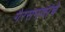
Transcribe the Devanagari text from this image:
गैरसमजांचे